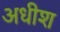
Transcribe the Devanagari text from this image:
अधीश